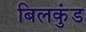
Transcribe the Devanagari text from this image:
बिलकुंड